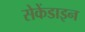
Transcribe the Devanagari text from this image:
सेकेंडाइन